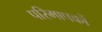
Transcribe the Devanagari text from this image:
परिमापकों